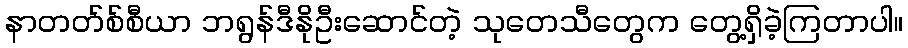
နာတတ်စ်စီယာ ဘရွန်ဒီနိုဦးဆောင်တဲ့ သုတေသီတွေက တွေ့ရှိခဲ့ကြတာပါ။